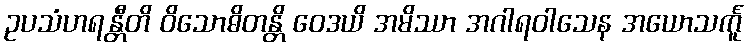
ဥပသံဟရန္တီတိ ဝိသောဓိတန္တိ ဝေဒယိ အမိဿာ အဂါရဝါသေန အယောသင်္ကူ